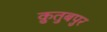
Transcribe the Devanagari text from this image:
क़ुतुबपुर